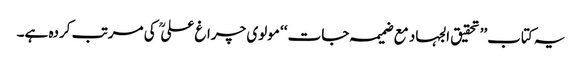
یہ کتاب’’ تحقیق الجہاد مع ضمیمہ جات ‘‘ مولوی چراغ علی  کی مرتب کردہ ہے۔